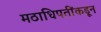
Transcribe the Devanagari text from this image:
मठाधिपतींकडून